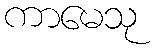
ကာမေသု